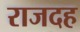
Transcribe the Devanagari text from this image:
राजदह